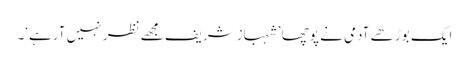
ایک بوڑھے آدمی نے پوچھا ’شہبازشریف مجھے نظر نہیں آرہے‘۔